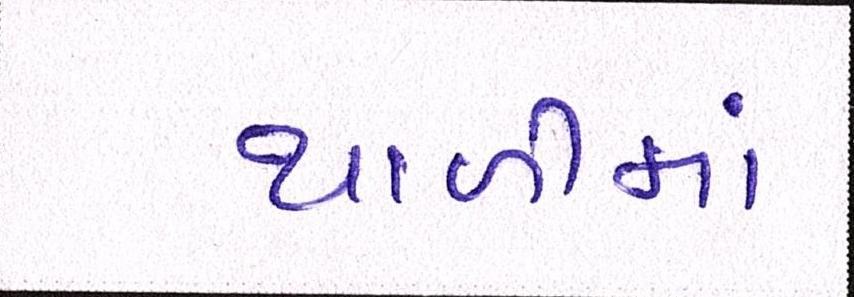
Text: થાળીમાં